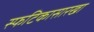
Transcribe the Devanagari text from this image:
स्फटिकासारखा